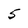
Character: 5